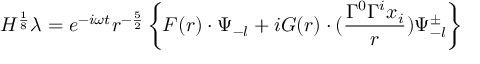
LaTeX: H ^ { \frac { 1 } { 8 } } \lambda = e ^ { - i \omega t } r ^ { - \frac { 5 } { 2 } } \left\{ F ( r ) \cdot \Psi _ { - l } + i G ( r ) \cdot ( \frac { \Gamma ^ { 0 } \Gamma ^ { i } x _ { i } } { r } ) \Psi _ { - l } ^ { \pm } \right\}